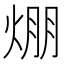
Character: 焩